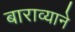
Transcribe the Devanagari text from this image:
बाराव्याने